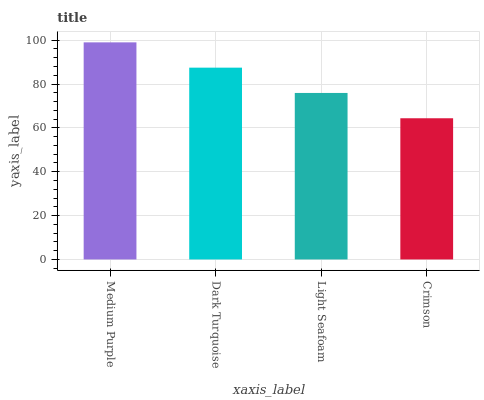
| xaxis_label | bars |
 | --- | --- |
 | Medium Purple | 99 |
 | Dark Turquoise | 87.5 |
 | Light Seafoam | 75.9 |
 | Crimson | 64.4 |